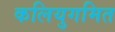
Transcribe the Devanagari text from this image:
कलियुगमित